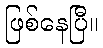
ဖြစ်နေပြီ။